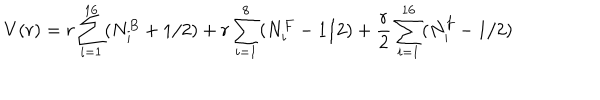
V ( r ) = r \sum _ { i = 1 } ^ { 1 6 } ( N _ { i } ^ { B } + 1 / 2 ) + r \sum _ { i = 1 } ^ { 8 } ( N _ { i } ^ { F } - 1 / 2 ) + \frac { r } { 2 } \sum _ { i = 1 } ^ { 1 6 } ( N _ { i } ^ { f } - 1 / 2 )